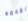
نقدمه